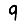
Digit: 9